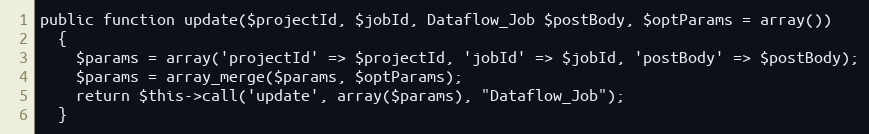
Language: PHP
public function update($projectId, $jobId, Dataflow_Job $postBody, $optParams = array())
  {
    $params = array('projectId' => $projectId, 'jobId' => $jobId, 'postBody' => $postBody);
    $params = array_merge($params, $optParams);
    return $this->call('update', array($params), "Dataflow_Job");
  }